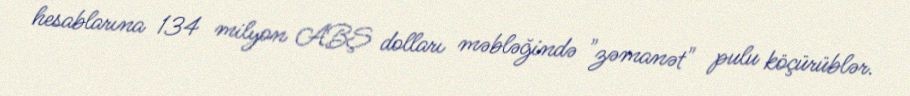
hesablarına 134 milyon ABŞ dolları məbləğində "zəmanət" pulu köçürüblər.